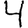
Digit: 4